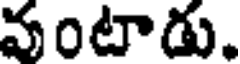
వంటాడు.